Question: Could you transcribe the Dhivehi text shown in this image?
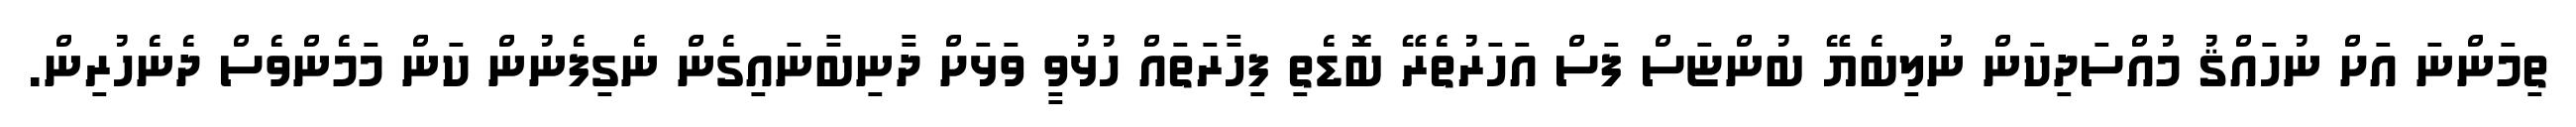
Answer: ތިމަންނަ އަށް ނުހައްޤު މުއްސަދިކަން ނުލިބެޔޭ ބުންޏަސް ފަސް އަހަރުތެރޭ ބޮޑެތި ފިހާރަތައް ހުޅުވީ ވަޅަށް ދާނިބާނައިގެން ނެގިފެނުން ކަން މަމެންވެސް ދެނެހުރިން.